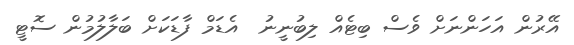
އޭރުން އަހަންނަށް ވެސް ބިޓެއް ލިބުނީނު  އެޑަމް ފާޑަކަށް ބަލާލުމުން ސޮޓީ